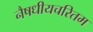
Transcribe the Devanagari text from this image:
नैषधीयचरितम